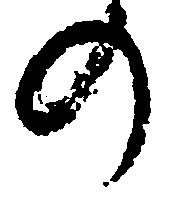
の